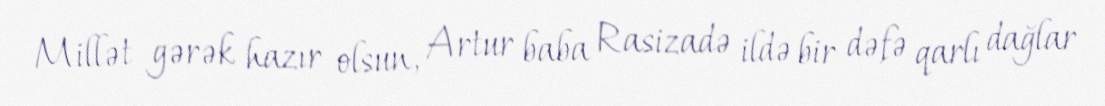
Millət gərək hazır olsun, Artur baba Rasizadə ildə bir dəfə qarlı dağlar